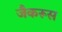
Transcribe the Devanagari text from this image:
जैकरूस